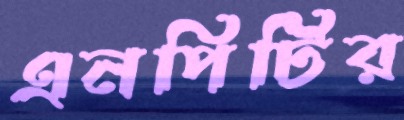
এনপিটির